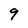
Character: 9